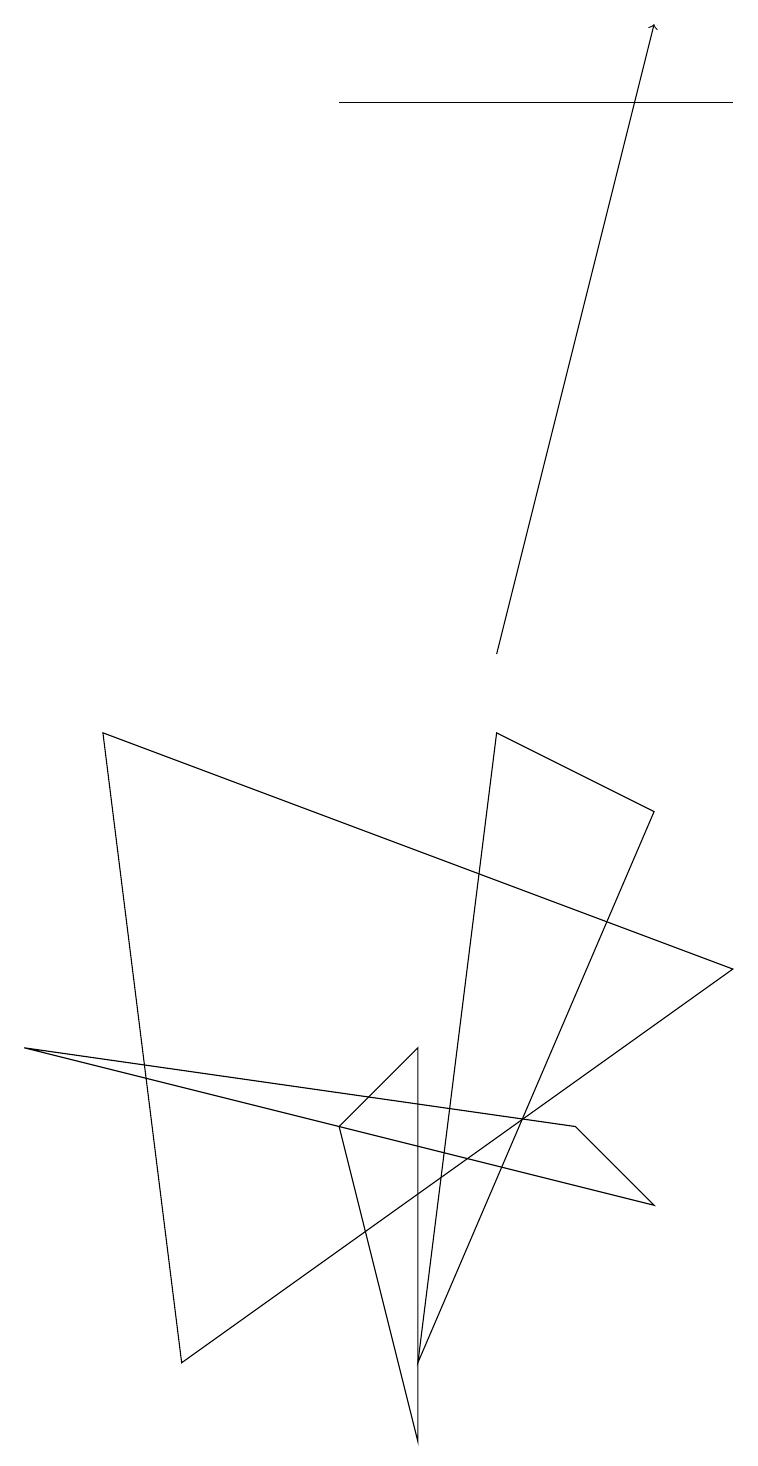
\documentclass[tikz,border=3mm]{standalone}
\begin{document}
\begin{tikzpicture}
\draw (8,8) -- (5,1) -- (6,9) -- cycle;
\draw (4,4) -- (5,0) -- (5,5) -- cycle;
\draw (2,1) -- (1,9) -- (9,6) -- cycle;
\draw (4,17) rectangle (9,17);
\draw[->] (6,10) -- (8,18);
\draw (0,5) -- (8,3) -- (7,4) -- cycle;
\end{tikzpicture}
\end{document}